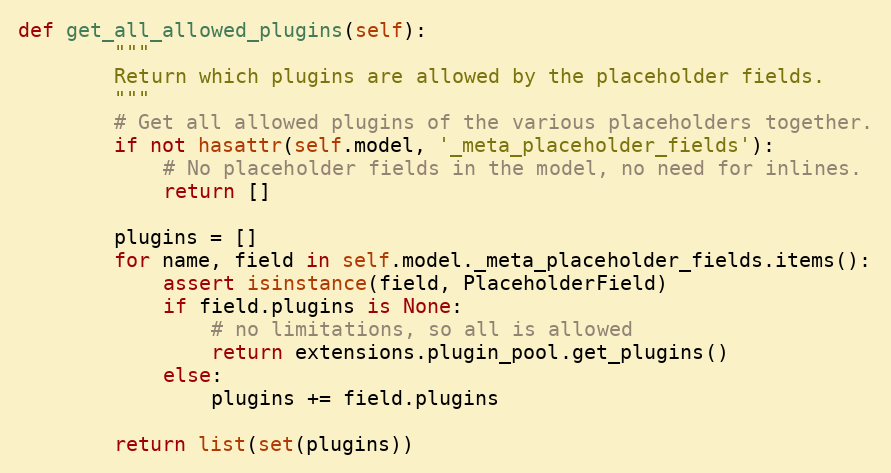
Language: Python
def get_all_allowed_plugins(self):
        """
        Return which plugins are allowed by the placeholder fields.
        """
        # Get all allowed plugins of the various placeholders together.
        if not hasattr(self.model, '_meta_placeholder_fields'):
            # No placeholder fields in the model, no need for inlines.
            return []

        plugins = []
        for name, field in self.model._meta_placeholder_fields.items():
            assert isinstance(field, PlaceholderField)
            if field.plugins is None:
                # no limitations, so all is allowed
                return extensions.plugin_pool.get_plugins()
            else:
                plugins += field.plugins

        return list(set(plugins))